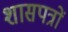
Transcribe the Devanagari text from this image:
शासपत्रों